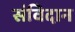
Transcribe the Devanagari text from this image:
संविदान